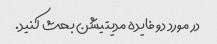
در مورد دو فایده مدیتیشن بحث کنید.